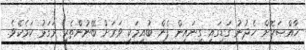
ޚާއްޞަކޮށް ހެދުނު ގަޑީގައި ގިނައިން ފެން ބުއިމަކީ ވަރަށް ބޭނުންތެރި ރަގަޅު ކަމެކެވެ.